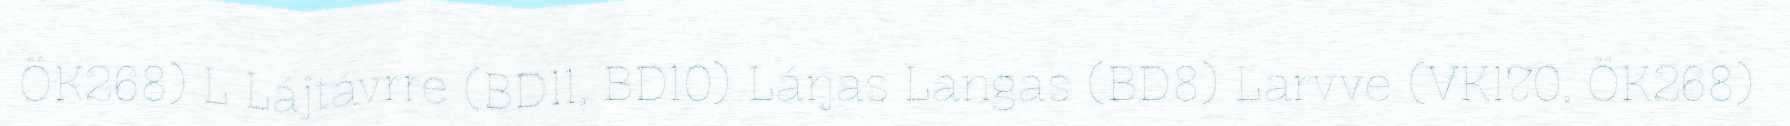
ÖK268) L Lájtávrre (BD11, BD10) Láŋas Langas (BD8) Larvve (VK170, ÖK268)